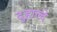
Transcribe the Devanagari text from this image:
दुहाल्दे